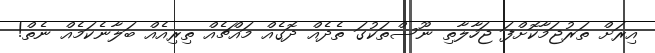
އިރަށް ތަރުޖަމާކޮށްފަ ޖަހާލާތި ނޫސްތަކުގަ ތެދެއް ދޮގެއް މައްޗެއް ތިރިއެއް ބަލާނެކަމެއް ނެތް!